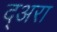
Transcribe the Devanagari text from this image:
द्अरा